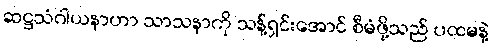
ဆဋ္ဌသံဂါယနာဟာ သာသနာကို သန့်ရှင်းအောင် စီမံဖို့သည် ပထမနဲ့